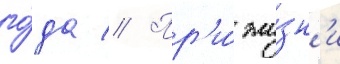
го́да // Пр'и́ жи́зн'и